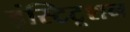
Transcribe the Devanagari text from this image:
इंस्टिटूशन